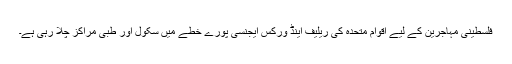
فلسطینی مہاجرین کے لیے اقوام متحدہ کی ریلیف اینڈ ورکس ایجنسی پورے خطے میں سکول اور طبی مراکز چلا رہی ہے۔